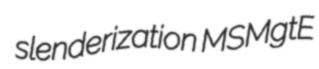
slenderization MSMgtE